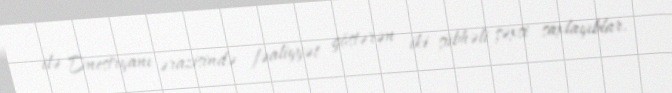
ilə Dnestryanı ərazisində fəaliyyət göstərən iki şübhəli şəxsi saxlayıblar.